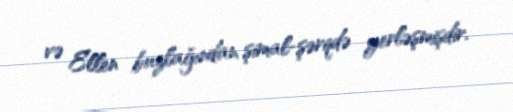
və Ellen buzlağından şimal-şərqdə yerləşmişdir.